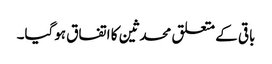
باقی کے متعلق محدثین کا اتفاق ہوگیا۔